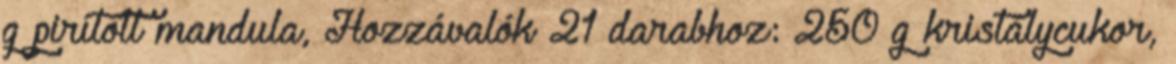
g pirított mandula, Hozzávalók 21 darabhoz: 250 g kristálycukor,